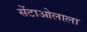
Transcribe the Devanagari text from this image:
सेंटाओलाला